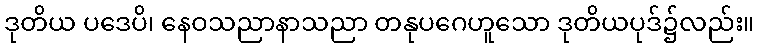
ဒုတိယ ပဒေပိ၊ နေဝသညာနာသညာ တနုပဂေဟူသော ဒုတိယပုဒ်၌လည်း။